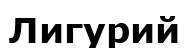
Лигурий